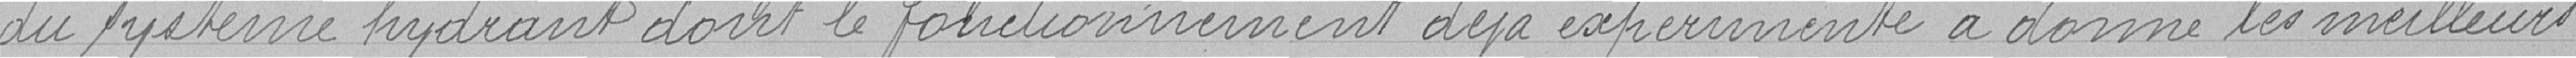
du système hydrant dont le fonctionnement déjà expérimenté à donné les meilleurs